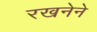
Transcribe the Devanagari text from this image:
रखनेने